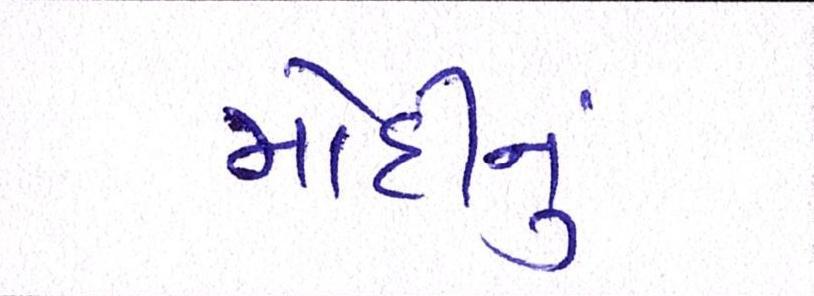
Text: મોદીનુ